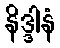
နိဒ္ဒါနံ